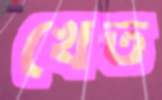
খেত